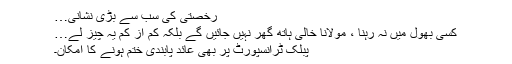
رخصتی کی سب سے بڑی نشانی…
کسی بھول میں نہ رہنا ، مولانا خالی ہاتھ گھر نہیں جائیں گے بلکہ کم از کم یہ چیز لے…
پبلک ٹرانسپورٹ پر بھی عائد پابندی ختم ہونے کا امکان۔